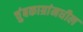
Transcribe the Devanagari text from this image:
चुंबकाग्रांमधील